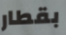
بقطار